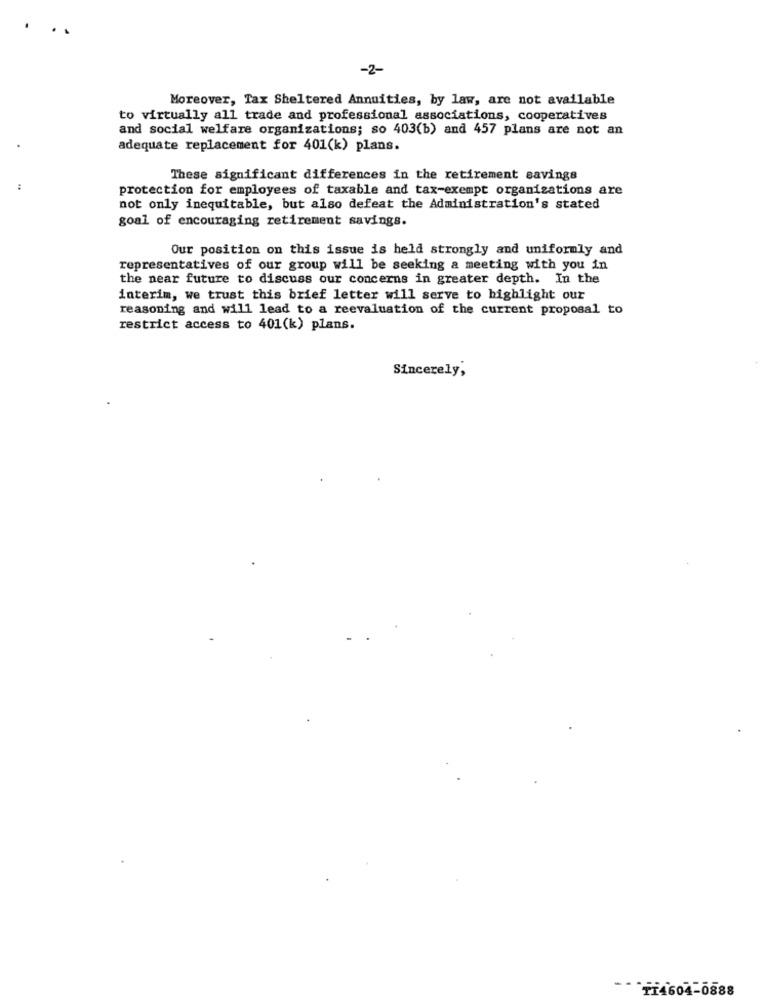
-2-
Moreover, Tax Sheltered Annuities, by law, are not available
to virtually all trade and professional associations, cooperatives
and social welfare organizations; so 403(b) and 457 plans are not an
adequate replacement for 401(k) plans.
These significant differences in the retirement savings
:
protection for employees of taxable and tax-exempt organizations are
not only inequitable, but also defeat the Administration's stated
goal of encouraging retirement savings.
Our position on this issue is held strongly and uniformly and
representatives of our group will be seeking a meeting with you in
the near future to discuss our concerns in greater depth. In the
interim, we trust this brief letter will serve to highlight our
reasoning and will lead to a reevaluation of the current proposal to
restrict access to 401(k) plans.
Sincerely,
-- * 714604-0888